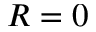
R = 0